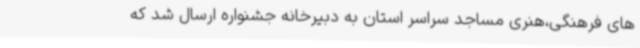
های فرهنگی،هنری مساجد سراسر استان به دبیرخانه جشنواره ارسال شد که